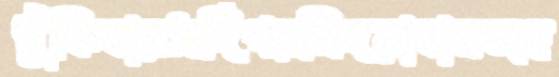
ধুঁকিবারসর্দিগরমিদয়াবানজহ